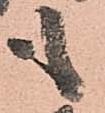
も